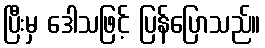
ပြီးမှ ဒေါသဖြင့် ပြန်ပြောသည်။